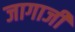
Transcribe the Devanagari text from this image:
जागाजी